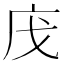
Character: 㡲